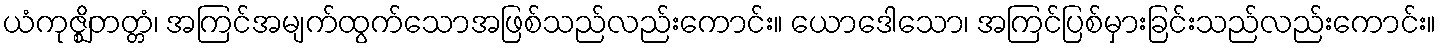
ယံကုဇ္ဈိတတ္တံ၊ အကြင်အမျက်ထွက်သောအဖြစ်သည်လည်းကောင်း။ ယောဒေါသော၊ အကြင်ပြစ်မှားခြင်းသည်လည်းကောင်း။